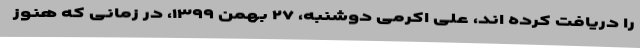
را دریافت کرده اند، علی اکرمی دوشنبه، ۲۷ بهمن ۱۳۹۹، در زمانی که هنوز